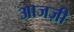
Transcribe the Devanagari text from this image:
आजज़ी